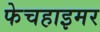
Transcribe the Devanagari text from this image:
फेचहाइमर